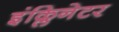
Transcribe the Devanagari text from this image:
इंक्लिनेटर